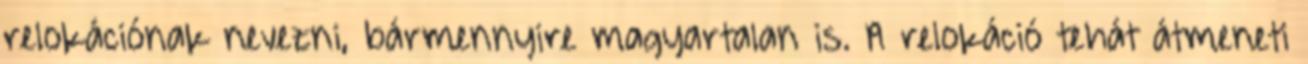
relokációnak nevezni, bármennyire magyartalan is. A relokáció tehát átmeneti